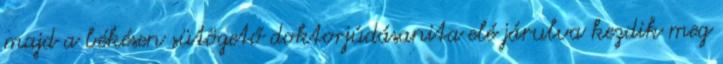
majd a békésen sütögető doktorjúdásanita elé járulva kezdik meg